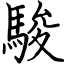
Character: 駿